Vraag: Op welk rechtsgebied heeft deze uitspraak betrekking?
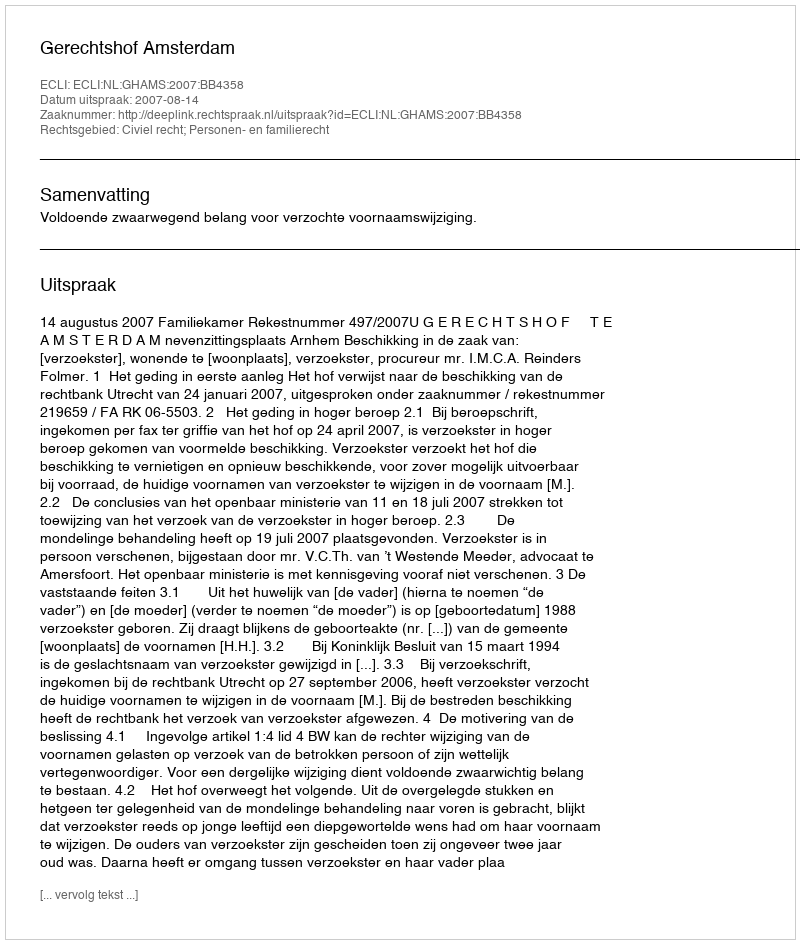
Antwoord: Civiel recht; Personen- en familierecht